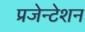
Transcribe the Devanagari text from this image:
प्रजेन्टेशन